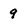
Character: 9